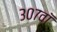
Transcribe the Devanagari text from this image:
३०७वॉ